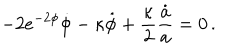
LaTeX: - 2 e ^ { - 2 \phi } \dot { \phi } - \kappa \dot { \phi } + \frac { \kappa } { 2 } \frac { \dot { a } } { a } = 0 \, .